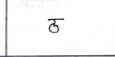
मजकूर: ठ